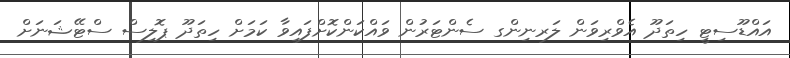
އައްޑޫސިޓީ ހިތަދޫ އެވްރިވަން ލަރނިންގ ސެންޓަރުން ވައްކަންކޮށްފައިވާ ކަމަށް ހިތަދޫ ޕޮލިސް ސްޓޭޝަނަށް